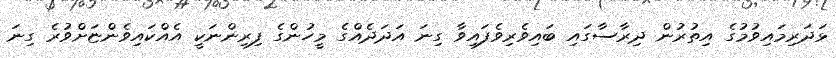
ޅަދަރިމައިވުމުގެ އިތުރުން ދިރާސާގައި ބައިވެރިވެފައިވާ ގިނަ އަދަދެއްގެ މީހުންގެ ފިރިންނަކީ އެއްކައިވެންޏަށްވުރެ ގިނަ